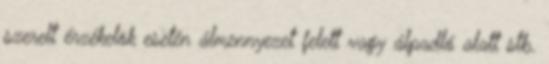
szerelt érzékelõk esetén álmennyezet felett vagy álpadló alatt stb.